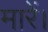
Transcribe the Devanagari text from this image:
मारें।